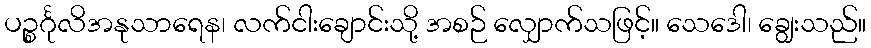
ပဉ္စင်္ဂုလိအနုသာရေန၊ လက်ငါးချောင်းသို့ အစဉ် လျှောက်သဖြင့်။ သေဒေါ၊ ချွေးသည်။